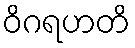
ဝိဂရဟတိ